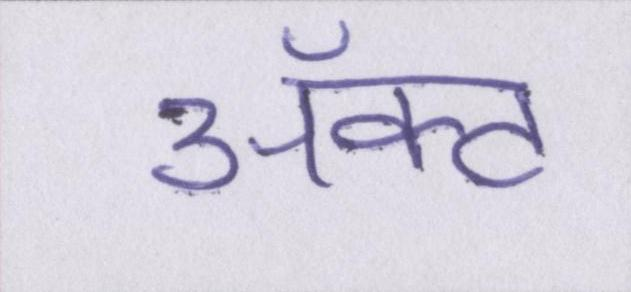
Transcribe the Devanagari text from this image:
ॲक्ट